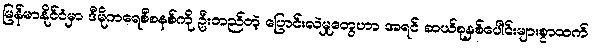
မြန်မာနိုင်ငံမှာ ဒီမိုကရေစီစနစ်ကို ဦးတည်တဲ့ ပြောင်းလဲမှုတွေဟာ အရင် ဆယ်စုနှစ်ပေါင်းများစွာထက်